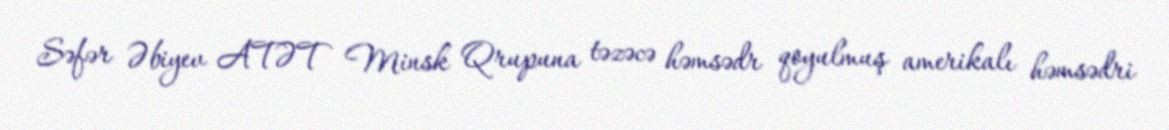
Səfər Əbiyev ATƏT Minsk Qrupuna təzəcə həmsədr qoyulmuş amerikalı həmsədri